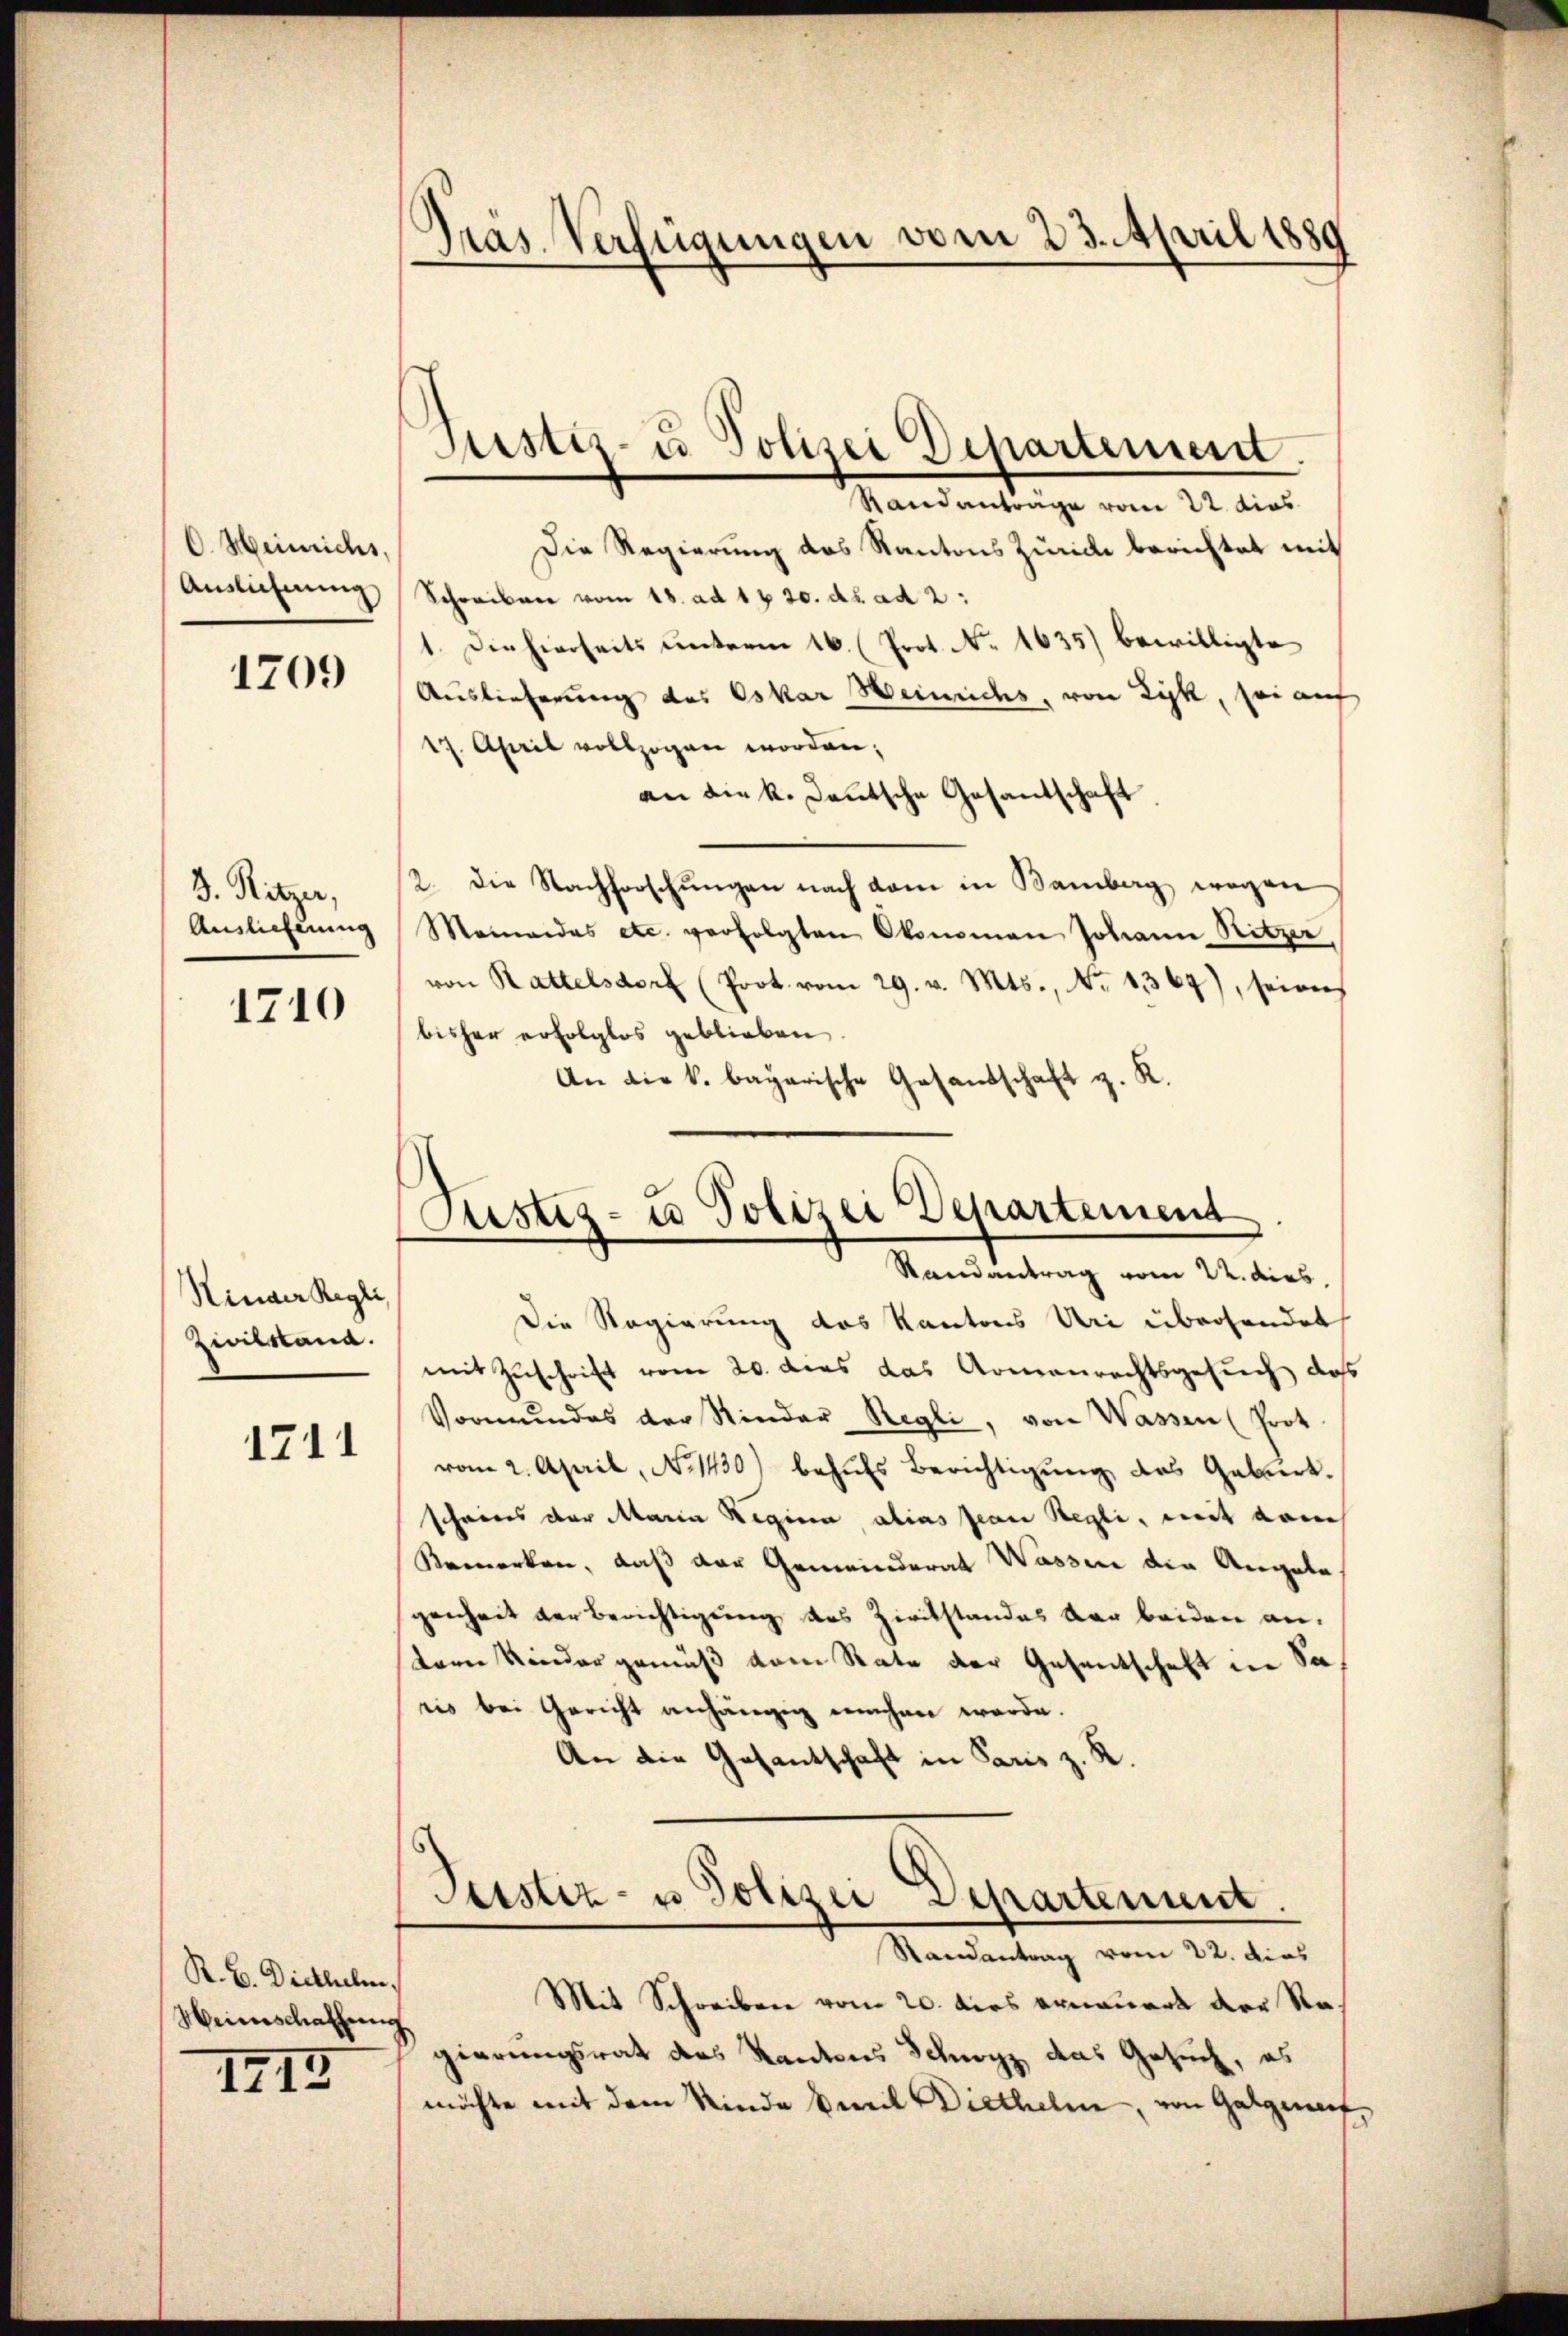
C. Heinrichs
Auslichnung

1709

3. Ritzer,
Auslieferung

1710

Hinder Regli,
Zivilstand.

1711

R. B. Diethelm.
Weinschaffung

III

Präs. Verfügungen vom 23. April 1889

Justiz- u Polizei Departement.

Justiz- u Polizei Departement
Randantrag vom 22. dies

Die Regierung des Kantons Uri überhander
mit Zuschrift vom 20. dies das Armenrechtsgesuch das
Vormundes der Rinder Regli, von Wassen (Prot
vom 2. April, No 1430) behŭfs Berichtigŭng des Geburt.
scheines der Maria Regina, alias Jean Regli, mit dem
Bemerken, daß der Gemeinderat Wassen die Angabe
genheit der Berichtigung des Zirckstandes der beiden antern Kinder gemäß vom Rate der Gesentschaft in Saris bei Gericht anhängig machen werde.
An die Gesantschaft in Paris z. R.

Randanträge vom 22. dies
Die Regierung des Kantons Zürich berichtet mit
Schreiben vom 18. ad 1. 20. ds. ad 2:
1. Die hierseits unterm 16. (Prot. N. 1635) bewilligte
Auslieferung des Oskar Heinrichs, von Zyk, sei auf
17. April vollzogen worden;
an die k. Deutsche Gesantschaft
2. Die Nachforschungen nach dem in Bamberg wegen
Momandas etc. verfolgten Okonomon Johann Ritzer
von Rattelsdorf (Prot. vom 29. v. Mts., No. 1367), seiner
bisher erfolglos geblieben
An die k. bayerische Gesandschaft z. K.

Geistiz- u Polizei Departement.
Randantrag vom 22. dies

Mit Schreiben vom 20. dies ernauert der Ragierungsrath des Kantons Schwyz das Gesuch, es
möchte mit dem Kinde weil Diethelm, von Galgert,